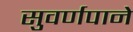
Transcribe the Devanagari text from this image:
सुवर्णपाने